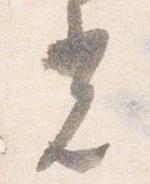
光